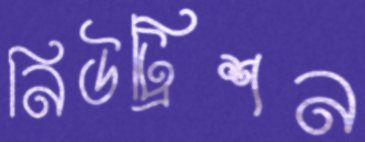
নিউট্রিশন